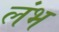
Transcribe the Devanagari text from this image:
लंभ